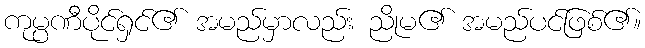
ကုမ္ပဏီပိုင်ရှင်၏ အမည်မှာလည်း ညိုမ၏ အမည်ပင်ဖြစ်၏။